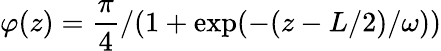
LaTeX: \varphi(z)=\frac{\pi}{4}/(1+\exp(-(z-L/2)/\omega))